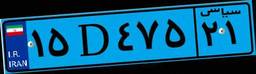
۳۶D۷۰۷۳۳